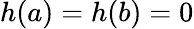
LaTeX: h(a)=h(b)=0